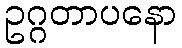
ဥဂ္ဂတာပနော